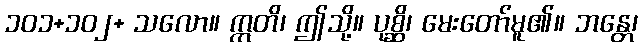
၁၀၁+၁၀၂+ သလော။ ဣတိ၊ ဤသို့။ ပုစ္ဆိ၊ မေးတော်မူ၏။ ဘန္တေ၊